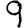
Digit: 9